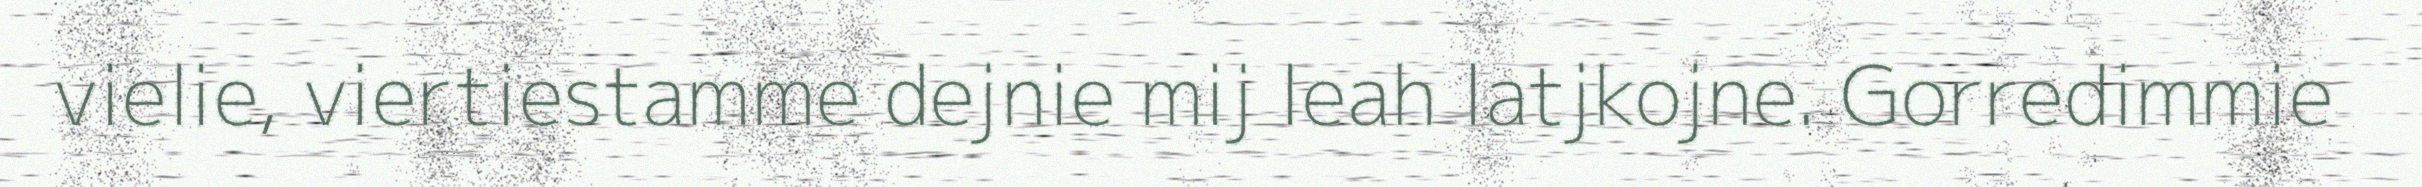
vielie, viertiestamme dejnie mij leah latjkojne. Gorredimmie